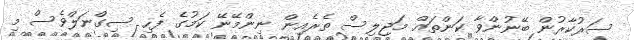
ސަރުކާރުން ބޭނުންވާ ކަންތައް މަޖިލިސް ތެރެއިން ނިންމޭނޭ ކަމުގެ ފެހި ސިގްނަލްވެސް މި